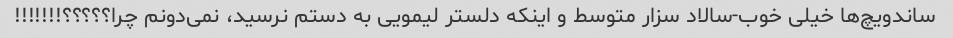
ساندویچ‌ها خیلی خوب-سالاد سزار متوسط و اینکه دلستر لیمویی به دستم نرسید، نمی‌دونم چرا؟؟؟؟؟!!!!!!!